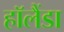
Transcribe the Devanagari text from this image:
हॉलैंडा